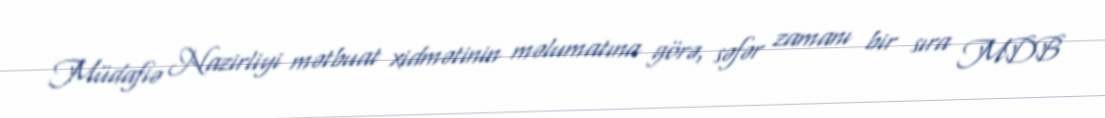
Müdafiə Nazirliyi mətbuat xidmətinin məlumatına görə, səfər zamanı bir sıra MDB